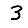
Digit: 3